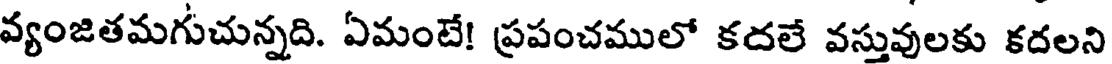
వ్యంజితమగుచున్నది. ఏమంటే! ప్రపంచములో కదలే వస్తువులకు కదలని